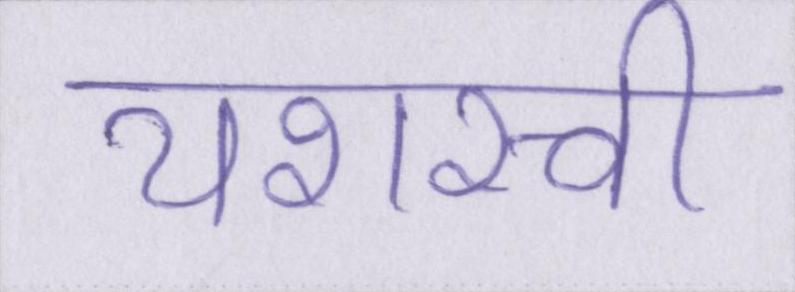
यशस्वी